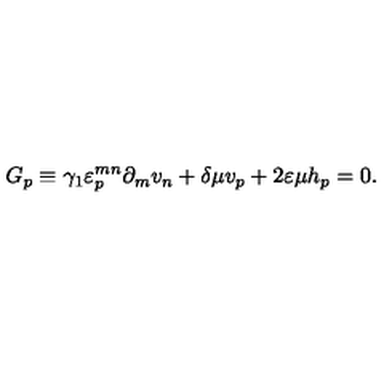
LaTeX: G _ { p } \equiv \gamma _ { 1 } \varepsilon _ { p } ^ { m n } \partial _ { m } v _ { n } + \delta \mu v _ { p } + 2 \varepsilon \mu h _ { p } = 0 .